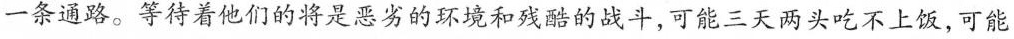
一条通路。等待着他们的将是恶劣的环境和残酷的战斗，可能三天两头吃不上饭，可能